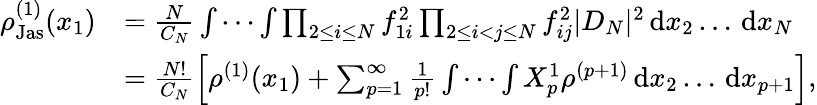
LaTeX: \begin{array}{rl}{\rho_{\textnormal{Jas}}^{(1)}(x_{1})}&{=\frac{N}{C_{N}}\idotsint\prod_{2\leq i\leq N}f_{1i}^{2}\prod_{2\leq i<j\leq N}f_{ij}^{2}|D_{N}|^{2}\, \textnormal{d}x_{2}\ldots\, \textnormal{d}x_{N}}\\ &{=\frac{N!}{C_{N}}\left[\rho^{(1)}(x_{1})+\sum_{p=1}^{\infty}\frac{1}{p!}\idotsint X_{p}^{1}\rho^{(p+1)}\, \textnormal{d}x_{2}\ldots\, \textnormal{d}x_{p+1}\right],}\end{array}